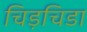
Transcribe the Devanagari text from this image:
चिड़चिडा